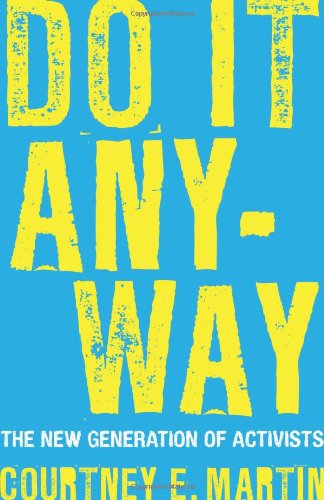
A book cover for Do It Anyway: The New Generation of Activists; Courtney E. Martin; Business & Money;